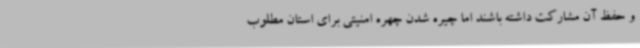
و حفظ آن مشارکت داشته باشند اما چیره شدن چهره امنیتی برای استان مطلوب